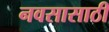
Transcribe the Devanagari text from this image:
नवसासाठी